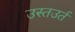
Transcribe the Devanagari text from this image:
उस्तउर्त